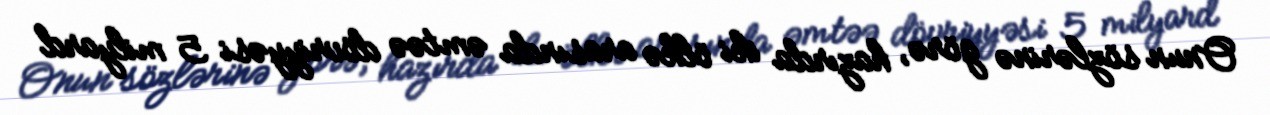
Onun sözlərinə görə, hazırda iki ölkə arasında əmtəə dövriyyəsi 5 milyard